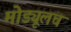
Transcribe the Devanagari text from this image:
मोड्यूलच